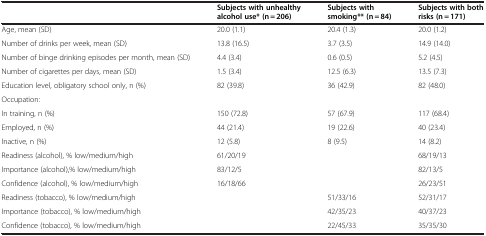
|  | Subjects with unhealthy alcohol use* (n = 206) | Subjects with smoking** (n = 84) | Subjects with both risks (n = 171) |
 | --- | --- | --- | --- |
 | Age, mean (SD) | 20.0 (1.1) | 20.4 (1.3) | 20.0 (1.2) |
 | Number of drinks per week, mean (SD) | 13.8 (16.5) | 3.7 (3.5) | 14.9 (14.0) |
 | Number of binge drinking episodes per month, mean (SD) | 4.4 (3.4) | 0.6 (0.5) | 5.2 (4.5) |
 | Number of cigarettes per days, mean (SD) | 1.5 (3.4) | 12.5 (6.3) | 13.5 (7.3) |
 | Education level, obligatory school only, n (%) | 82 (39.8) | 36 (42.9) | 82 (48.0) |
 | Occupation: |  |  |  |
 | In training, n (%) | 150 (72.8) | 57 (67.9) | 117 (68.4) |
 | Employed, n (%) | 44 (21.4) | 19 (22.6) | 40 (23.4) |
 | Inactive, n (%) | 12 (5.8) | 8 (9.5) | 14 (8.2) |
 | Readiness (alcohol), % low/medium/high | 61/20/19 |  | 68/19/13 |
 | Importance (alcohol),% low/medium/high | 83/12/5 |  | 82/13/5 |
 | Confidence (alcohol), % low/medium/high | 16/18/66 |  | 26/23/51 |
 | Readiness (tobacco), % low/medium/high |  | 51/33/16 | 52/31/17 |
 | Importance (tobacco), % low/medium/high |  | 42/35/23 | 40/37/23 |
 | Confidence (tobacco), % low/medium/high |  | 22/45/33 | 35/35/30 |